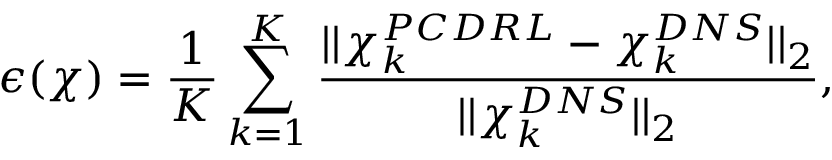
\epsilon ( \chi ) = \frac { 1 } { K } \sum _ { k = 1 } ^ { K } \frac { | | \chi _ { k } ^ { P C D R L } - \chi _ { k } ^ { D N S } | | _ { 2 } } { | | \chi _ { k } ^ { D N S } | | _ { 2 } } ,